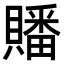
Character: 𮚤